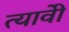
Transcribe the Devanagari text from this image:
त्यावेी